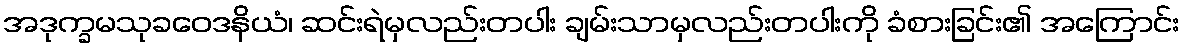
အဒုက္ခမသုခဝေဒနိယံ၊ ဆင်းရဲမှလည်းတပါး ချမ်းသာမှလည်းတပါးကို ခံစားခြင်း၏ အကြောင်း